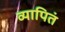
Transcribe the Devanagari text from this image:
व्यापितं